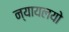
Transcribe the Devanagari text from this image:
न्यायलयो